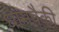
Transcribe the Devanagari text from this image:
धामपैकी